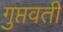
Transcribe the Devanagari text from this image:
गुप्तवती